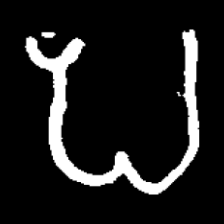
Pyu character \u2014 Myanmar letter: ပ (romanized: pa)